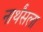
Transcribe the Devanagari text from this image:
नार्थंसला